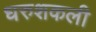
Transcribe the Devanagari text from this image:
धरुशकली